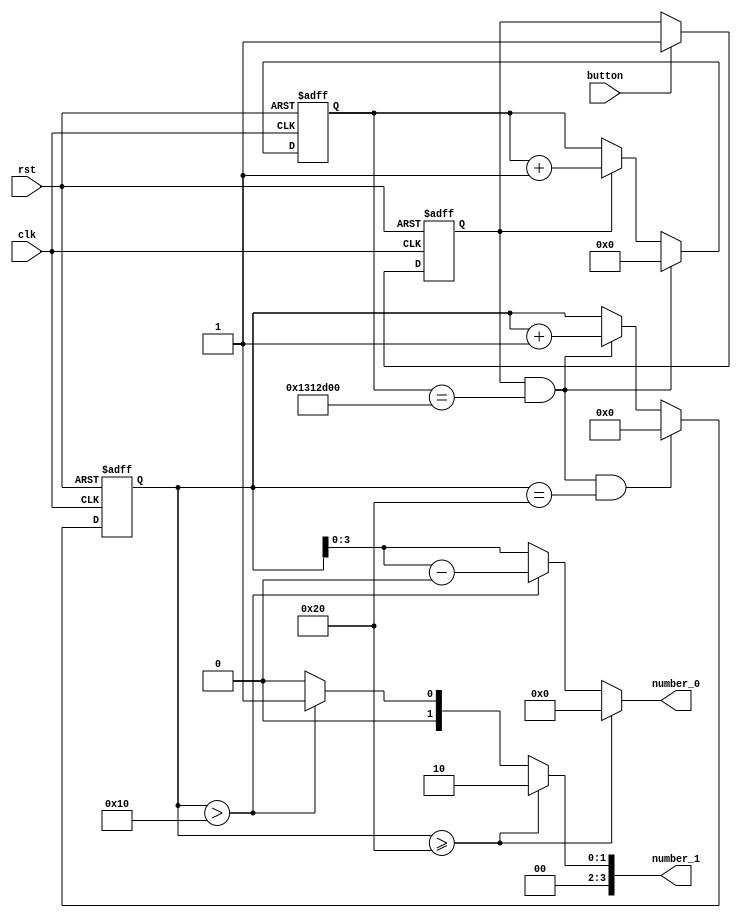
module counter20(
	input wire clk,
	input wire rst,
	input wire button,
	output reg [3:0]number_0,
	output reg [3:0]number_1
);
	reg [5:0]cnt;//0-h20
	reg cnt_inc = 1'b0;//
	reg [24:0] cnt_origin;//
	assign cnt_end_origin = cnt_inc & (cnt_origin == 25'd20000000);//0.2s
	assign cnt_end = cnt_end_origin & (cnt == 6'd32);//0-h20
	
	//
	always @(posedge clk or posedge rst)begin
		if (rst) 
			cnt_inc <= 1'b0;
		else if (button)
			cnt_inc <= 1'b1;
		else
			cnt_inc <= cnt_inc;
	end
	
	//
	always @(posedge clk or posedge rst)begin
		if (rst) 
			cnt_origin <= 25'd0;
		else if (cnt_end_origin)
			cnt_origin <= 25'd0;
		else if (cnt_inc)
			cnt_origin <= cnt_origin + 25'd1;
		else
			cnt_origin <= cnt_origin;
	end
	
	//020
	always @(posedge clk or posedge rst)begin
		if (rst)
			cnt <= 6'd0;
		else if (cnt_end)
			cnt <= 6'd0;
		else if (cnt_end_origin)
			cnt <= cnt + 6'd1;
		else
			cnt <= cnt;
	end
	
	//cnt
	always @(*)begin
		if(cnt>=6'd32)begin
			number_0 = 4'h0;
			number_1 = 4'h2;
		end
		else if (cnt>6'd16)begin
			number_0 = cnt-6'd16;
			number_1 = 4'h1;
		end
		else begin
			number_0 = cnt;
			number_1 = 4'h0;
		end
	end
	
endmodule